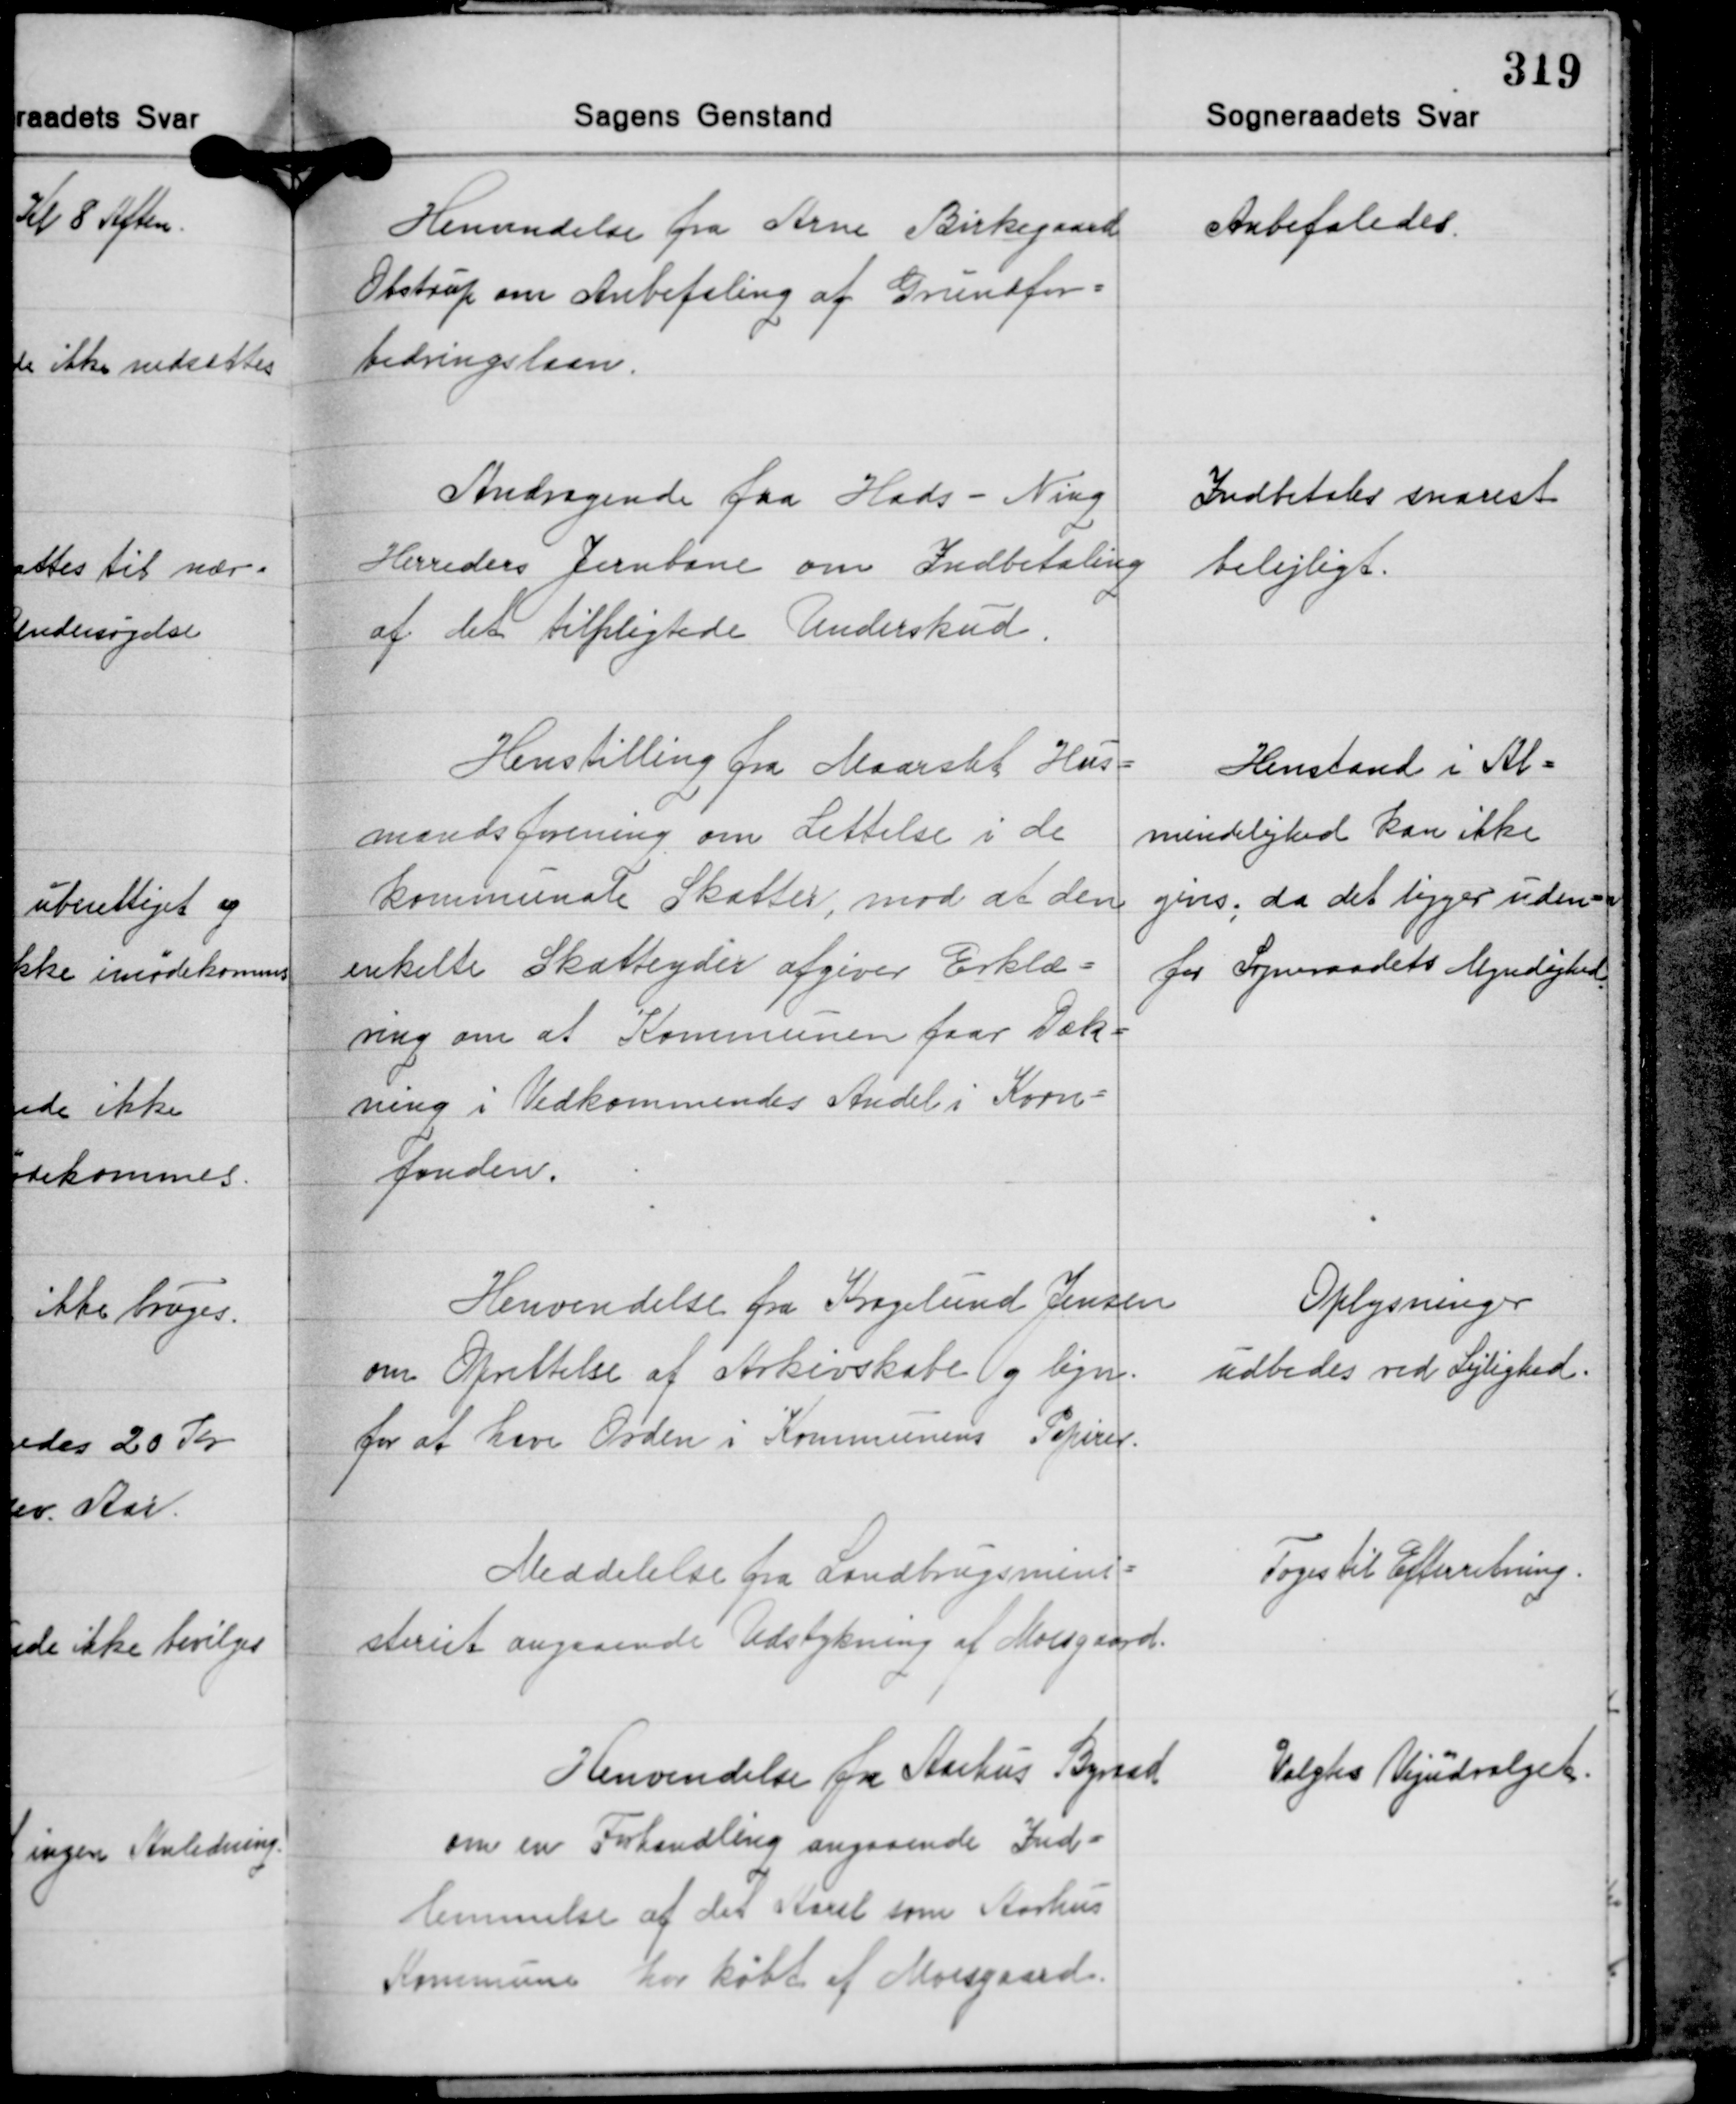
Transskription:
Henvendelse fra Arne Birkegaard
Obstrup om Anbefaling af Grundfor-
bedringslaan.

Anbefaledes.

Andragende fra Hads - Ning
Herreders Jernbane om Indbetaling
af det tilpligtede Underskud

Indbetales snarest
belejligt.

Henstilling fra Maarslet Hus-
mandsforening om Lettelse i de
kommunale Skatter, mod at den
enkelte Skatteyder afgiver Erklæ-
ring om at Kommunen faar Dæk-
ning i Vedkommendes Andel i Korn-
fonden.

Henstand i Al-
mindelighed kan ikke
gives, da det ligger uden-
for Sogneraadets Myndighed

Henvendelse fra Kragelund Jensen
om Oprettelse af Arkivskabe og lign.
for at have Orden i Kommunens Papirer.

Oplysninger
udbedes ved Lejlighed.

Meddelelse fra Landbrugsmini-
steriet angaaende Udstykning af Moesgaard.

Toges til Efterretning.

Henvendelse fra Aarhus Byraad
om en Forhandling angaaende Ind-
lemmelse af det Areal som Aarhus
Kommune har købt af Moesgaard.

Valgtes Vejudvalget.